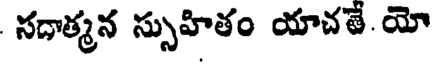
సదాత్మన స్సుహితం యాచతే యో